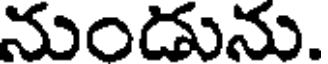
నుండును.